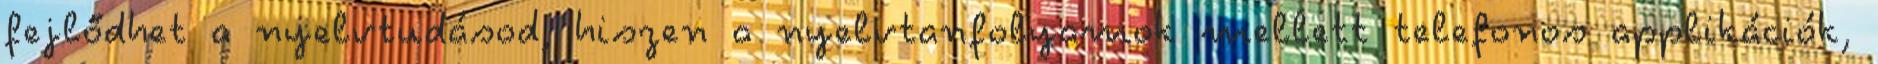
fejlődhet a nyelvtudásod, hiszen a nyelvtanfolyamok mellett telefonos applikációk,